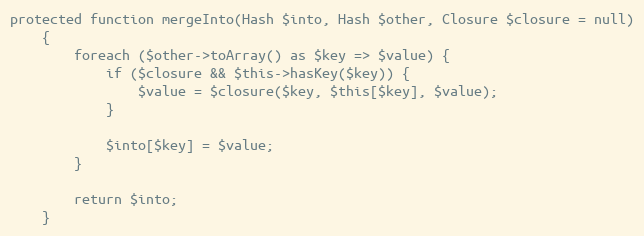
Language: PHP
protected function mergeInto(Hash $into, Hash $other, Closure $closure = null)
    {
        foreach ($other->toArray() as $key => $value) {
            if ($closure && $this->hasKey($key)) {
                $value = $closure($key, $this[$key], $value);
            }

            $into[$key] = $value;
        }

        return $into;
    }